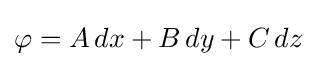
\varphi =A\,dx+B\,dy+C\,dz